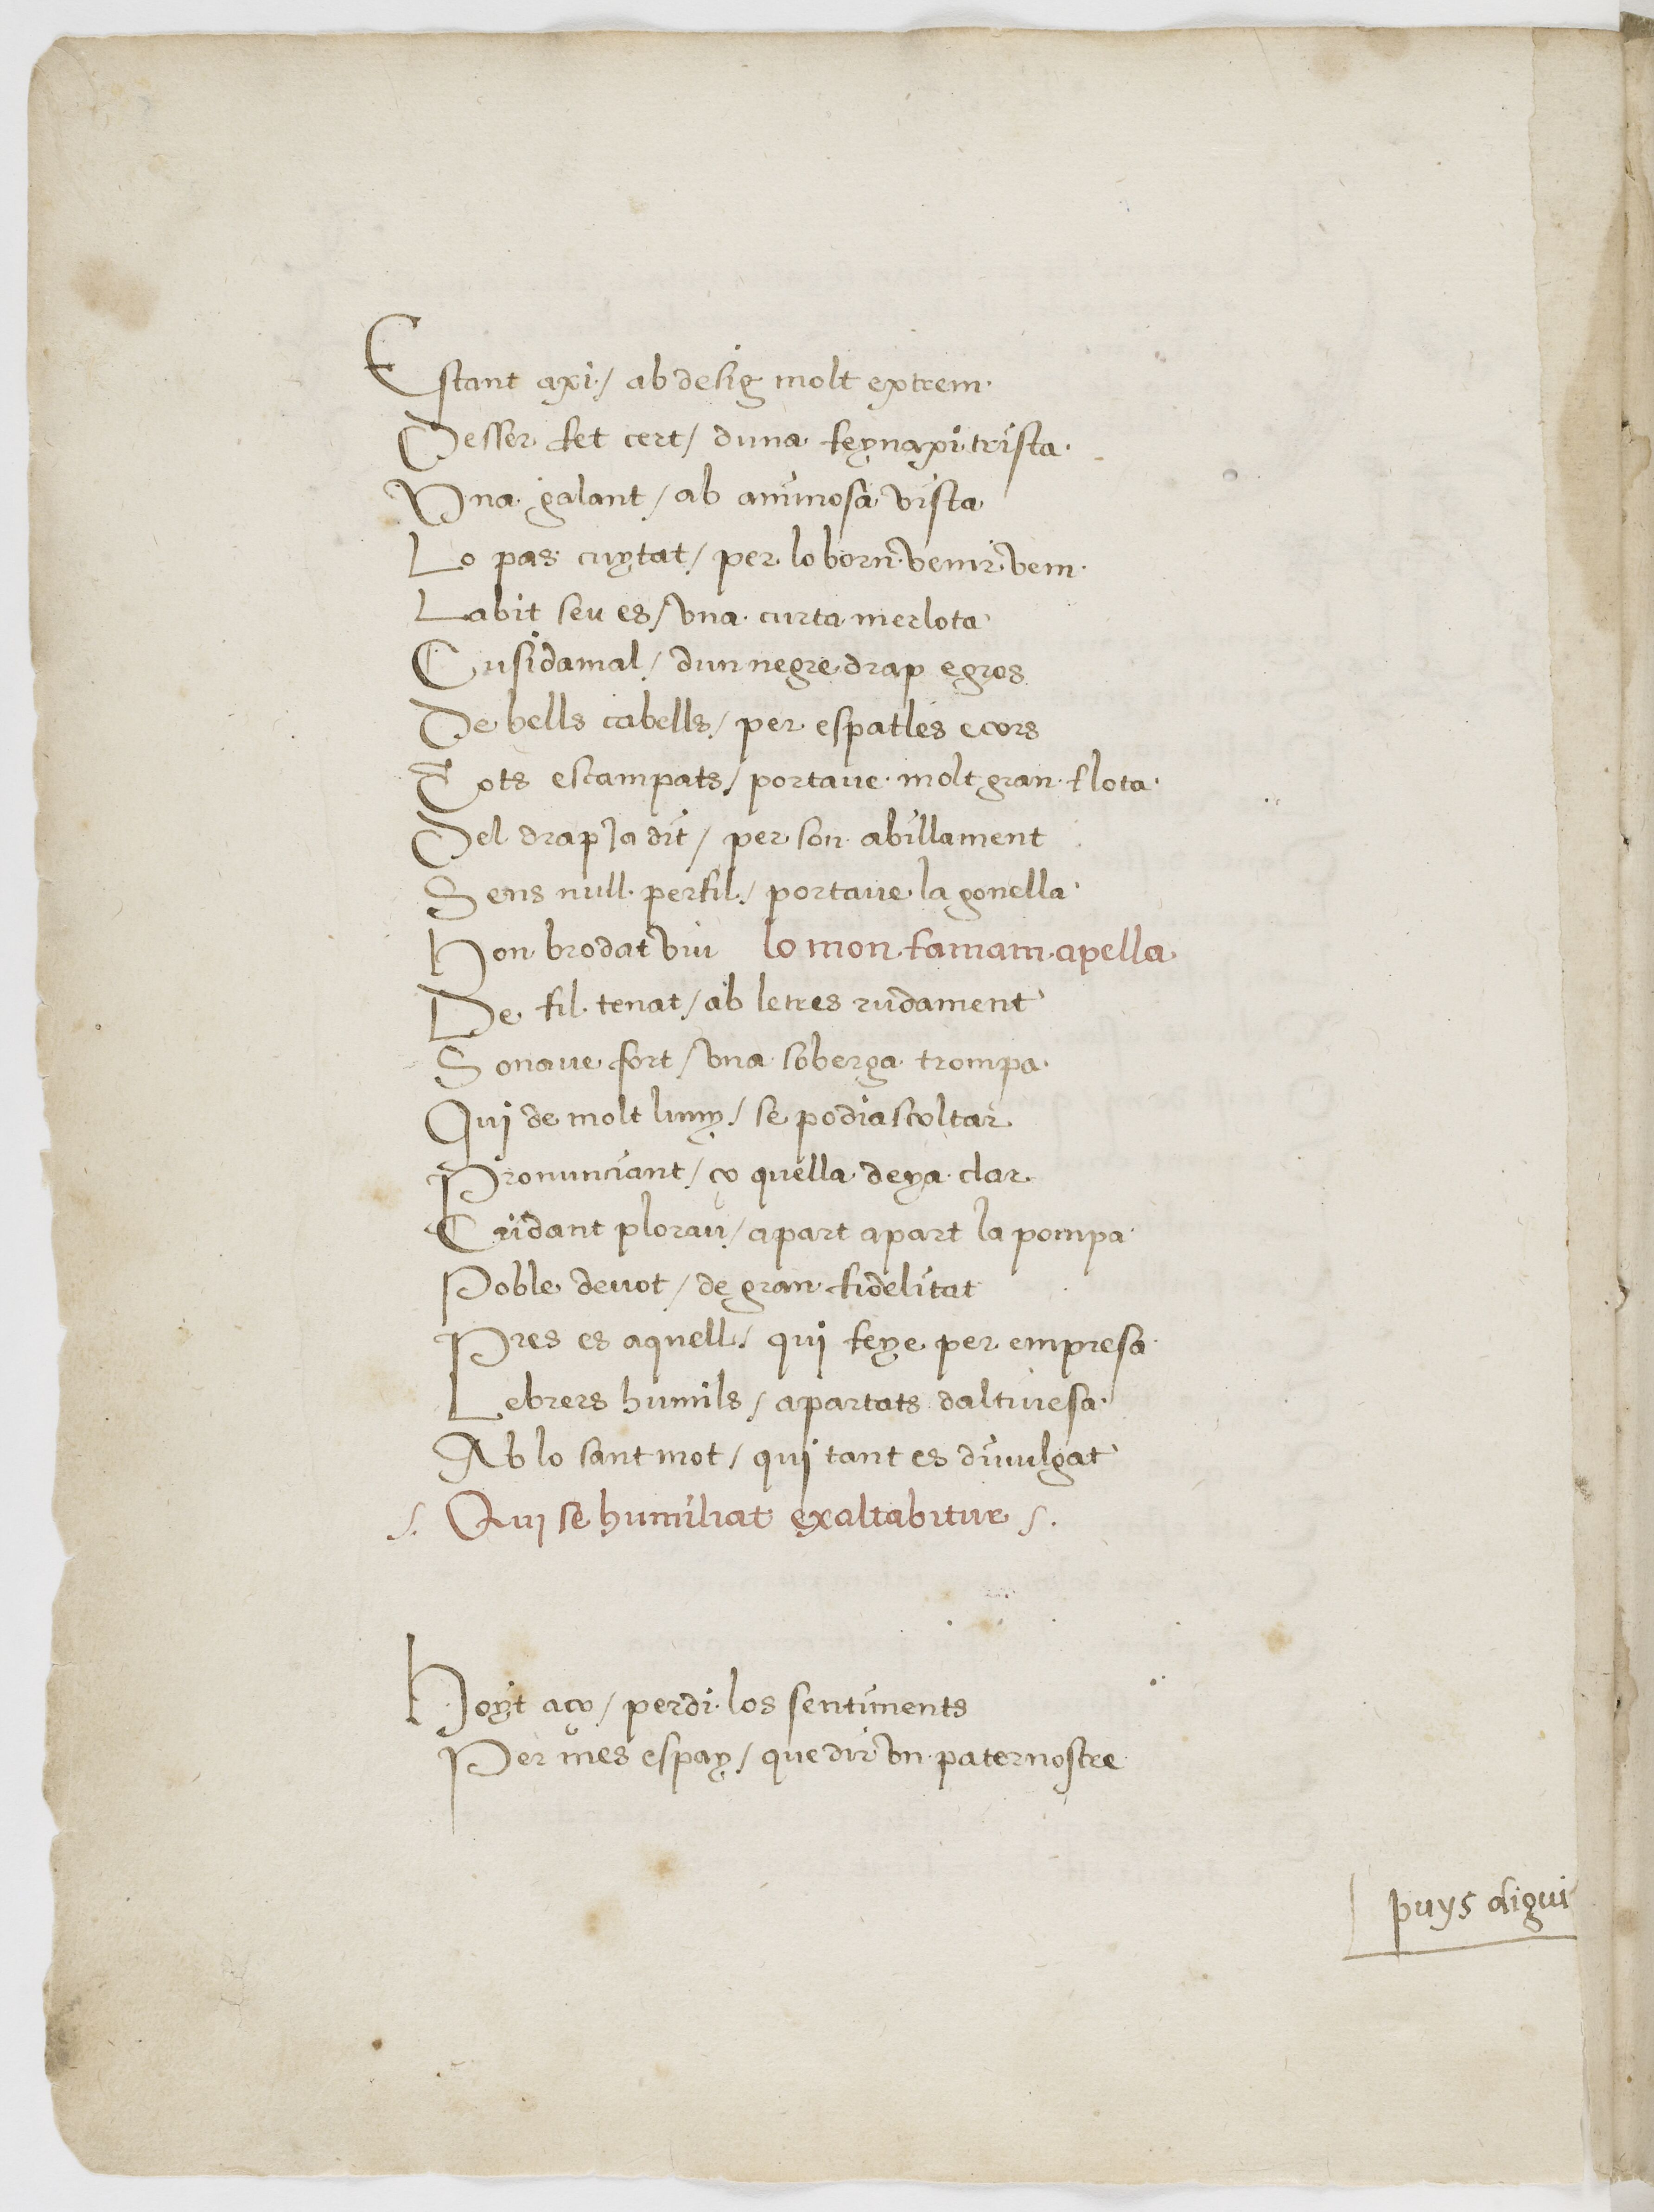
Shelfmark: Paris, BnF, esp. 225
Century: 16